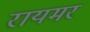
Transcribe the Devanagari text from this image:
रायमर